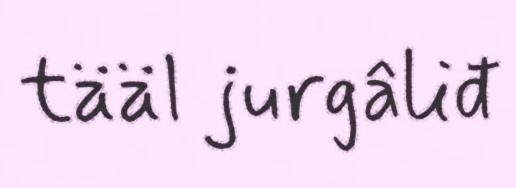
tääl jurgâliđ